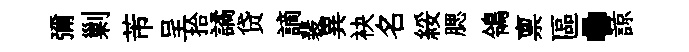
彌剿芾呈拾譎贷謫裴異袂名綏腮鴒禀區·諒